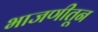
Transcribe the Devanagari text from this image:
भाजणीतून